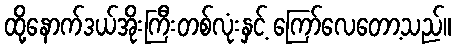
ထို့နောက်ဒယ်အိုးကြီးတစ်လုံးနှင့် ကြော်လေတော့သည်။